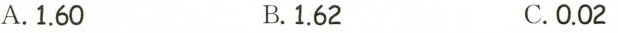
A.1.60 B.1.62 C.0.02